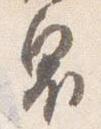
奥